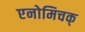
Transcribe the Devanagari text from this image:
एनोमिचक्